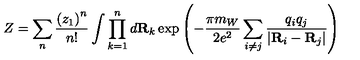
Z = \sum _ { n } { \frac { \left( z _ { 1 } \right) ^ { n } } { n ! } } \int \prod _ { k = 1 } ^ { n } d { \bf R } _ { k } \exp \left( - { \frac { \pi m _ { W } } { 2 e ^ { 2 } } } \sum _ { i \not = j } { \frac { q _ { i } q _ { j } } { \vert { \bf R } _ { i } - { \bf R } _ { j } \vert } } \right)